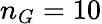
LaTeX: n_{G}=10